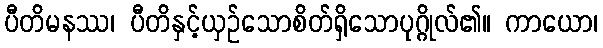
ပီတိမနဿ၊ ပီတိနှင့်ယှဉ်သောစိတ်ရှိသောပုဂ္ဂိုလ်၏။ ကာယော၊